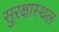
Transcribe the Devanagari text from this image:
सुरक्षास्थल